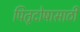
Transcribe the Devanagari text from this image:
पितृदोषासाठी